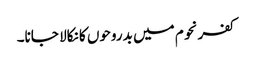
کفرنحوم میں بدروحوں کا نکالا جانا۔